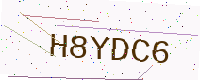
Text: H8YDC6